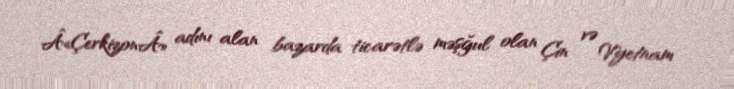
Â«ÇerkizonÂ» adını alan bazarda ticarətlə məşğul olan Çin və Vyetnam